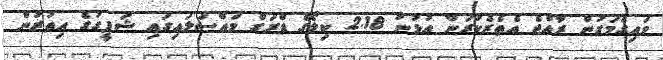
ވައިގެމަގުން ރާއްޖެ އެތެރެކުރަން އުޅުނު 2.18 ކިލޯގެ ޑްރަގް މައްސަލައިގައި ޝަފީގުގެ އިތުރުން